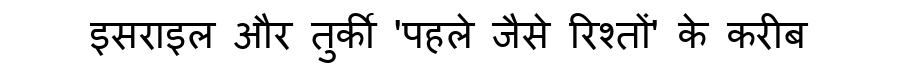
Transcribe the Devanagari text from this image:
इसराइल और तुर्की 'पहले जैसे रिश्तों' के करीब